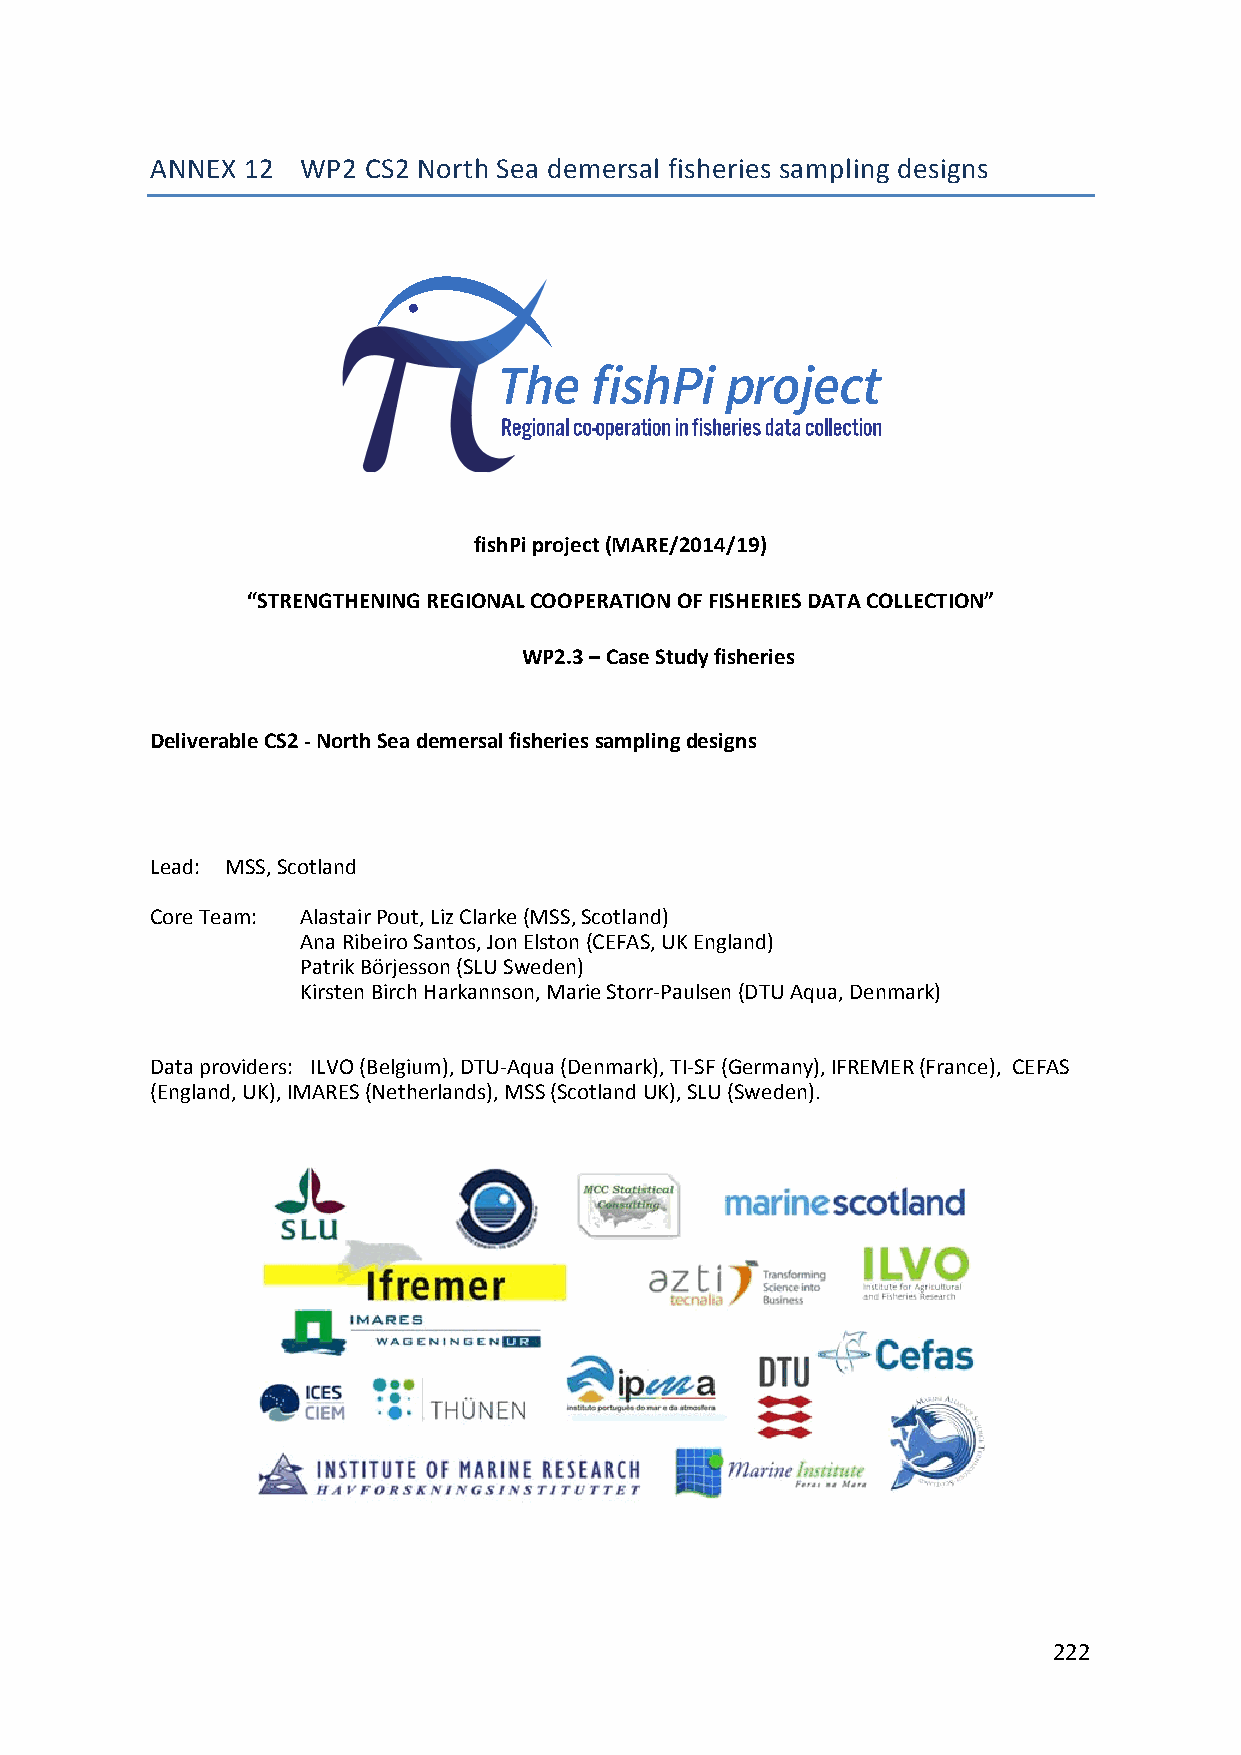
ANNEX 12  WP2 CS2 North Sea demersal fisheries sampling designs
 fishPi project (MARE/2014/19)
 “STRENGTHENING REGIONAL COOPERATION OF FISHERIES DATA COLLECTION”
 WP2.3 – Case Study fisheries
 Deliverable CS2 ‐ North Sea demersal fisheries sampling designs
 Lead: MSS, Scotland
 Core Team: Alastair Pout, Liz Clarke (MSS, Scotland)
 Ana Ribeiro Santos, Jon Elston (CEFAS, UK England)
 Patrik Börjesson (SLU Sweden)
 Kirsten Birch Harkannson, Marie Storr‐Paulsen (DTU Aqua, Denmark)
 Data providers: ILVO (Belgium), DTU‐Aqua (Denmark), TI‐SF (Germany), IFREMER (France), CEFAS
 (England, UK), IMARES (Netherlands), MSS (Scotland UK), SLU (Sweden).
 222